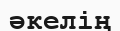
әкелің